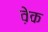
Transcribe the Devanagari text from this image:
व़ेक